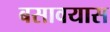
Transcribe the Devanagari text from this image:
बसावयास